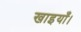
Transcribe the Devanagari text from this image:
खाइयाँ।